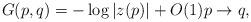
LaTeX: \begin{align*} G(p,q) = -\log|z(p)| + O(1) p \to q, \end{align*}